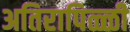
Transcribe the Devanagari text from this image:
अतिरापिळ्ळी